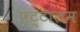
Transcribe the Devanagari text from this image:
पट्टालम